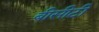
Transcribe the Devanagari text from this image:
बीसीटी